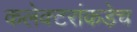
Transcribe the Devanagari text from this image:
कलेक्टरांकडेच